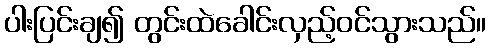
ပါးပြင်းချ၍ တွင်းထဲခေါင်းလှည့်ဝင်သွားသည်။